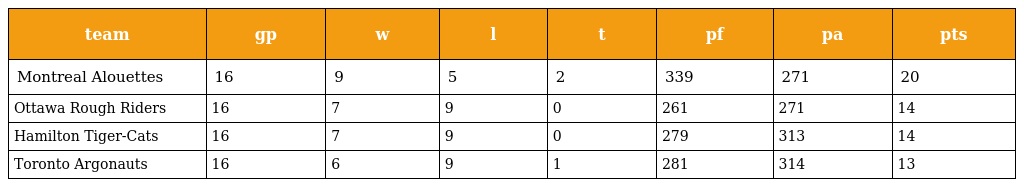
| team | gp | w | l | t | pf | pa | pts |
 | --- | --- | --- | --- | --- | --- | --- | --- |
 | Montreal Alouettes | 16 | 9 | 5 | 2 | 339 | 271 | 20 |
 | Ottawa Rough Riders | 16 | 7 | 9 | 0 | 261 | 271 | 14 |
 | Hamilton Tiger-Cats | 16 | 7 | 9 | 0 | 279 | 313 | 14 |
 | Toronto Argonauts | 16 | 6 | 9 | 1 | 281 | 314 | 13 |